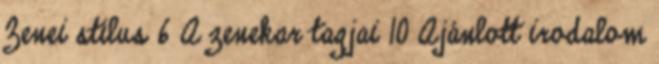
Zenei stílus 6 A zenekar tagjai 10 Ajánlott irodalom